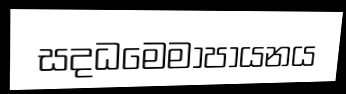
සදධමෙමාපායනය